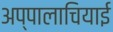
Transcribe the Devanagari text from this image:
अप्पालाचियाई